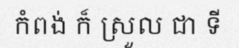
កំពង់ ក៏ ស្រួល ជា ទី